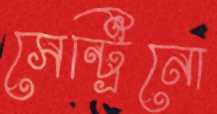
সেন্ট্রিনো